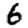
Digit: 6